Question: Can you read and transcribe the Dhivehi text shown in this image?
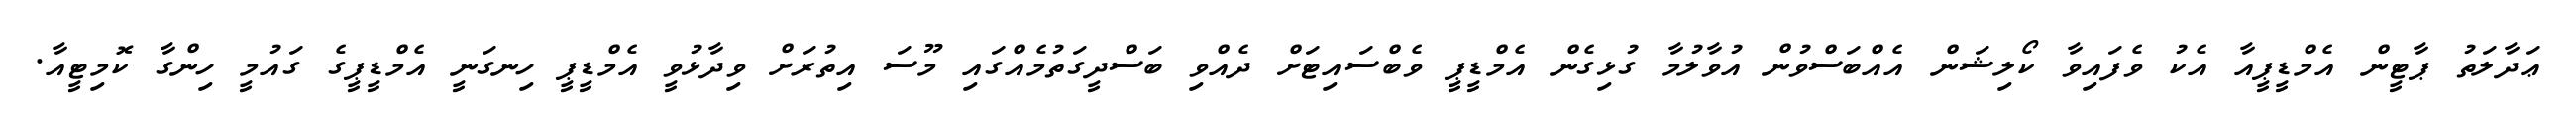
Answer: ޢަދާލަތު ޕާޓީން އެމްޑީޕީއާ އެކު ވެފައިވާ ކޯލިޝަން އެއްބަސްވުން އުވާލުމާ ގުޅިގެން އެމްޑީޕީ ވެބްސައިޓަށް ދެއްވި ބަސްދީގަތުމެއްގައި މޫސަ އިތުރަށް ވިދާޅުވީ އެމްޑީޕީ ހިނގަނީ އެމްޑީޕީގެ ގައުމީ ހިންގާ ކޮމިޓީއާ.